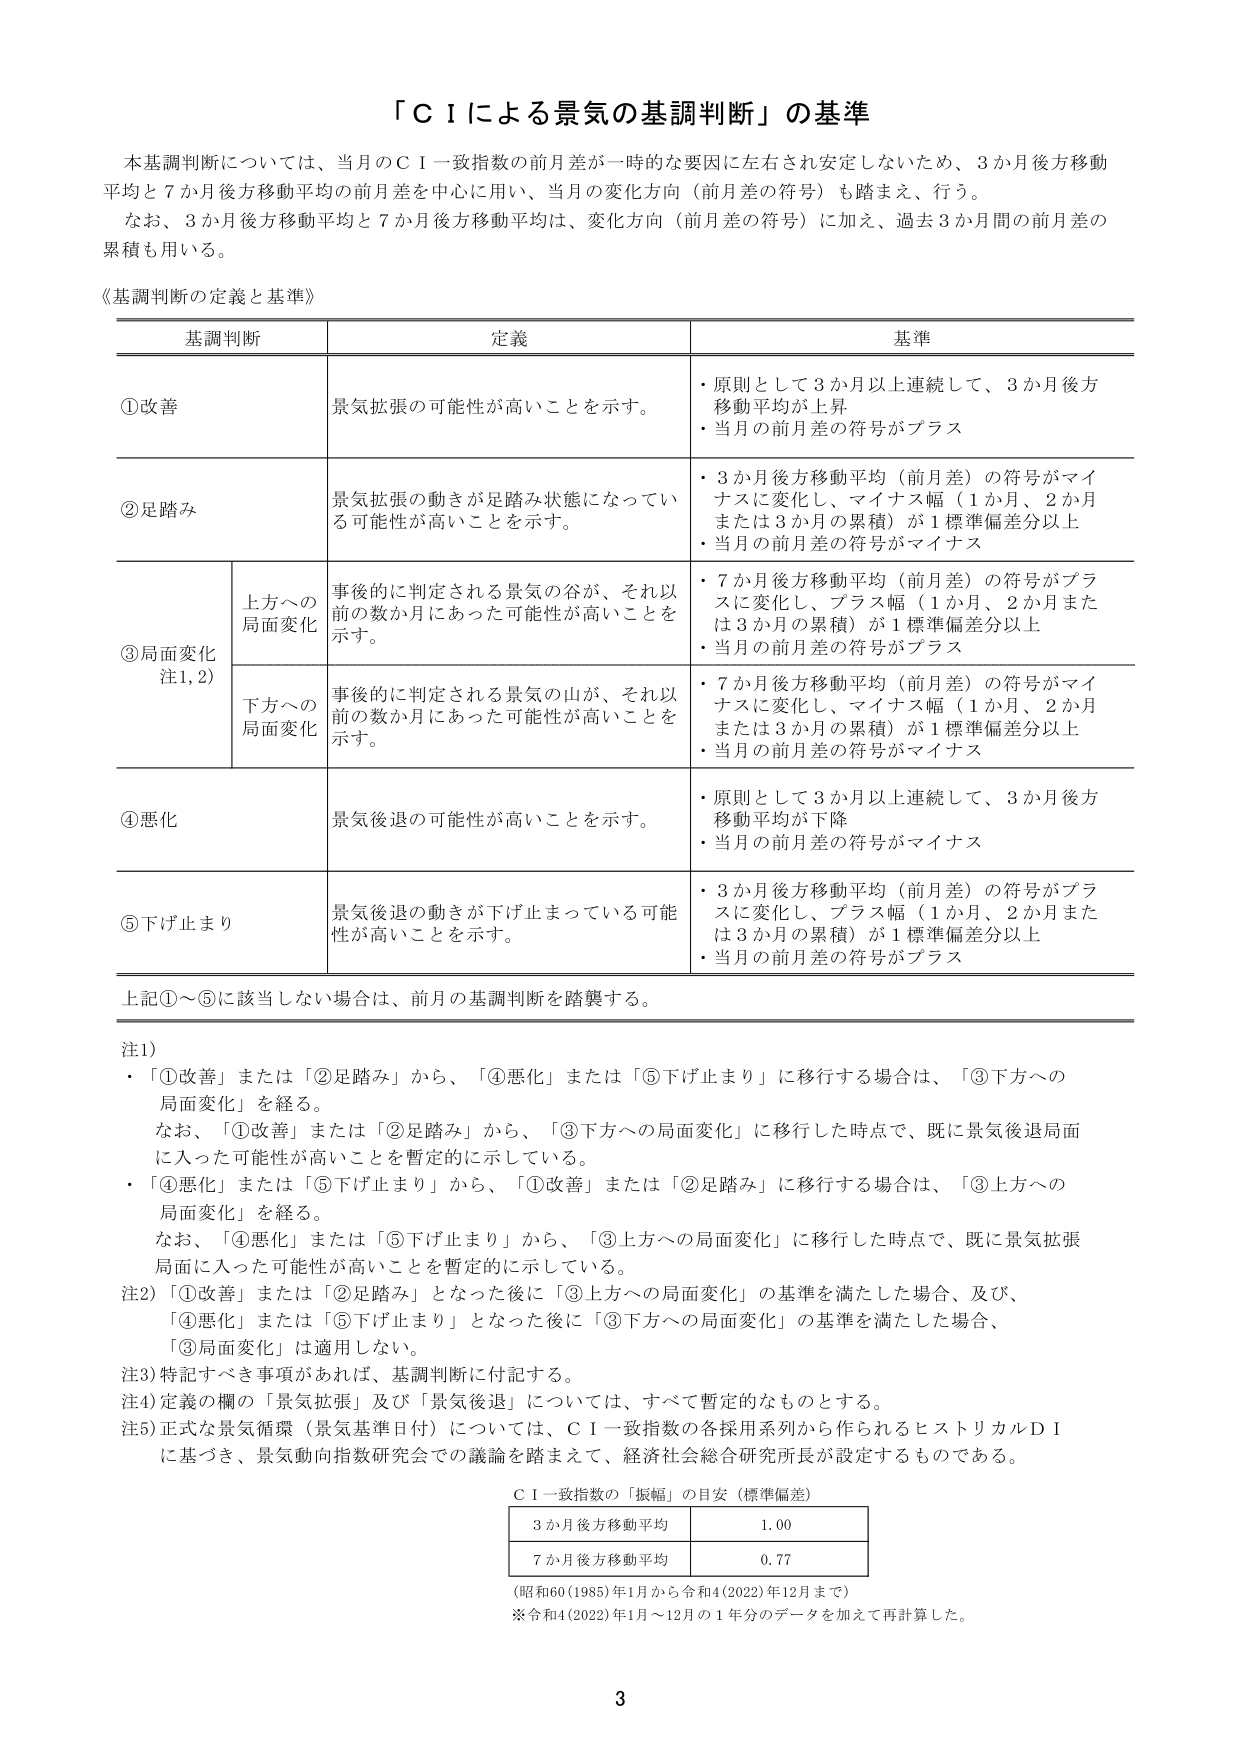
「ＣＩによる景気の基調判断」の基準

本基調判断については、当月のＣＩ一致指数の前月差が一時的な要因に左右され安定しないため、3か月後方移動平均と7か月後方移動平均の前月差を中心に用い、当月の変化方向（前月差の符号）も踏まえ、行う。

なお、3か月後方移動平均と7か月後方移動平均は、変化方向（前月差の符号）に加え、過去3か月間の前月差の累積も用いる。

《基調判断の定義と基準》

基調判断　　定義　　基準

①改善　　景気拡張の可能性が高いことを示す。　　・原則として3か月以上連続して、3か月後方移動平均が上昇　　・当月の前月差の符号がプラス

②足踏み　　景気拡張の動きが足踏み状態になっている可能性が高いことを示す。　　・3か月後方移動平均（前月差）の符号がマイナスに変化し、マイナス幅（1か月、2か月または3か月の累積）が1標準偏差分以上　　・当月の前月差の符号がマイナス

③局面変化　　上方への局面変化　　事後的に判定される景気の谷が、それ以前の数か月にあった可能性が高いことを示す。　　・7か月後方移動平均（前月差）の符号がプラスに変化し、プラス幅（1か月、2か月または3か月の累積）が1標準偏差分以上　　・当月の前月差の符号がプラス

　　　　　　下方への局面変化　　事後的に判定される景気の山が、それ以前の数か月にあった可能性が高いことを示す。　　・7か月後方移動平均（前月差）の符号がマイナスに変化し、マイナス幅（1か月、2か月または3か月の累積）が1標準偏差分以上　　・当月の前月差の符号がマイナス

④悪化　　景気後退の可能性が高いことを示す。　　・原則として3か月以上連続して、3か月後方移動平均が下降　　・当月の前月差の符号がマイナス

⑤下げ止まり　　景気後退の動きが下げ止まっている可能性が高いことを示す。　　・3か月後方移動平均（前月差）の符号がプラスに変化し、プラス幅（1か月、2か月または3か月の累積）が1標準偏差分以上　　・当月の前月差の符号がプラス

上記①～⑤に該当しない場合は、前月の基調判断を踏襲する。

注1）　・「①改善」または「②足踏み」から、「④悪化」または「⑤下げ止まり」に移行する場合は、「③下方への局面変化」を経る。　　なお、「①改善」または「②足踏み」から、「③下方への局面変化」に移行した時点で、既に景気後退局面に入った可能性が高いことを暫定的に示している。　　・「④悪化」または「⑤下げ止まり」から、「①改善」または「②足踏み」に移行する場合は、「③上方への局面変化」を経る。　　なお、「④悪化」または「⑤下げ止まり」から、「③上方への局面変化」に移行した時点で、既に景気拡張局面に入った可能性が高いことを暫定的に示している。

注2）「①改善」または「②足踏み」となった後に「③上方への局面変化」の基準を満たした場合、及び、「④悪化」または「⑤下げ止まり」となった後に「③下方への局面変化」の基準を満たした場合、「③局面変化」は適用しない。

注3）特記すべき事項があれば、基調判断に付記する。

注4）定義の欄の「景気拡張」及び「景気後退」については、すべて暫定的なものとする。

注5）正式な景気循環（景気基準日付）については、ＣＩ一致指数の各採用系列から作られるヒストリカルＤＩに基づき、景気動向指数研究会での議論を踏まえて、経済社会総合研究所長が設定するものである。

ＣＩ一致指数の「振幅」の目安（標準偏差）

3か月後方移動平均　　1.00

7か月後方移動平均　　0.77

（昭和60(1985)年1月から令和4(2022)年12月まで）

※令和4(2022)年1月～12月の1年分のデータを加えて再計算した。

3